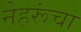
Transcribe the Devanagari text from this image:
नेहरूंचा